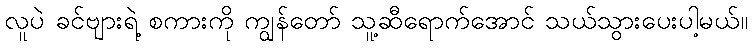
လူပဲ ခင်ဗျားရဲ့ စကားကို ကျွန်တော် သူ့ဆီရောက်အောင် သယ်သွားပေးပါ့မယ်။